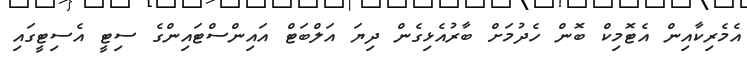
އެމެރިކާއިން އެޓޮމިކް ބޮން ހެދުމަށް ބާރުއެޅިގެން ދިޔަ އަލްބަޓް އައިންސްޓައިންގެ ސިޓީ އެސިޓީގައި